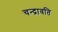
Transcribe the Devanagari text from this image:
चन्द्रावति